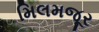
મિલમજૂર